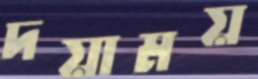
দয়াময়